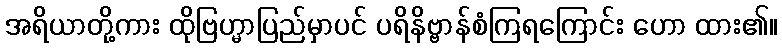
အရိယာတို့ကား ထိုဗြဟ္မာပြည်မှာပင် ပရိနိဗ္ဗာန်စံကြရကြောင်း ဟော ထား၏။